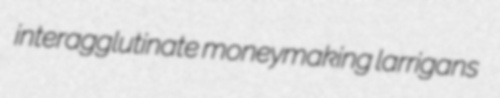
interagglutinate moneymaking larrigans